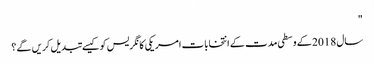
"
سال 2018 کے وسطی مدت کے انتخابات امریکی کانگریس کو کیسے تبدیل کریں گے؟